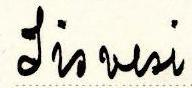
Iisvesi